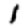
Digit: 1